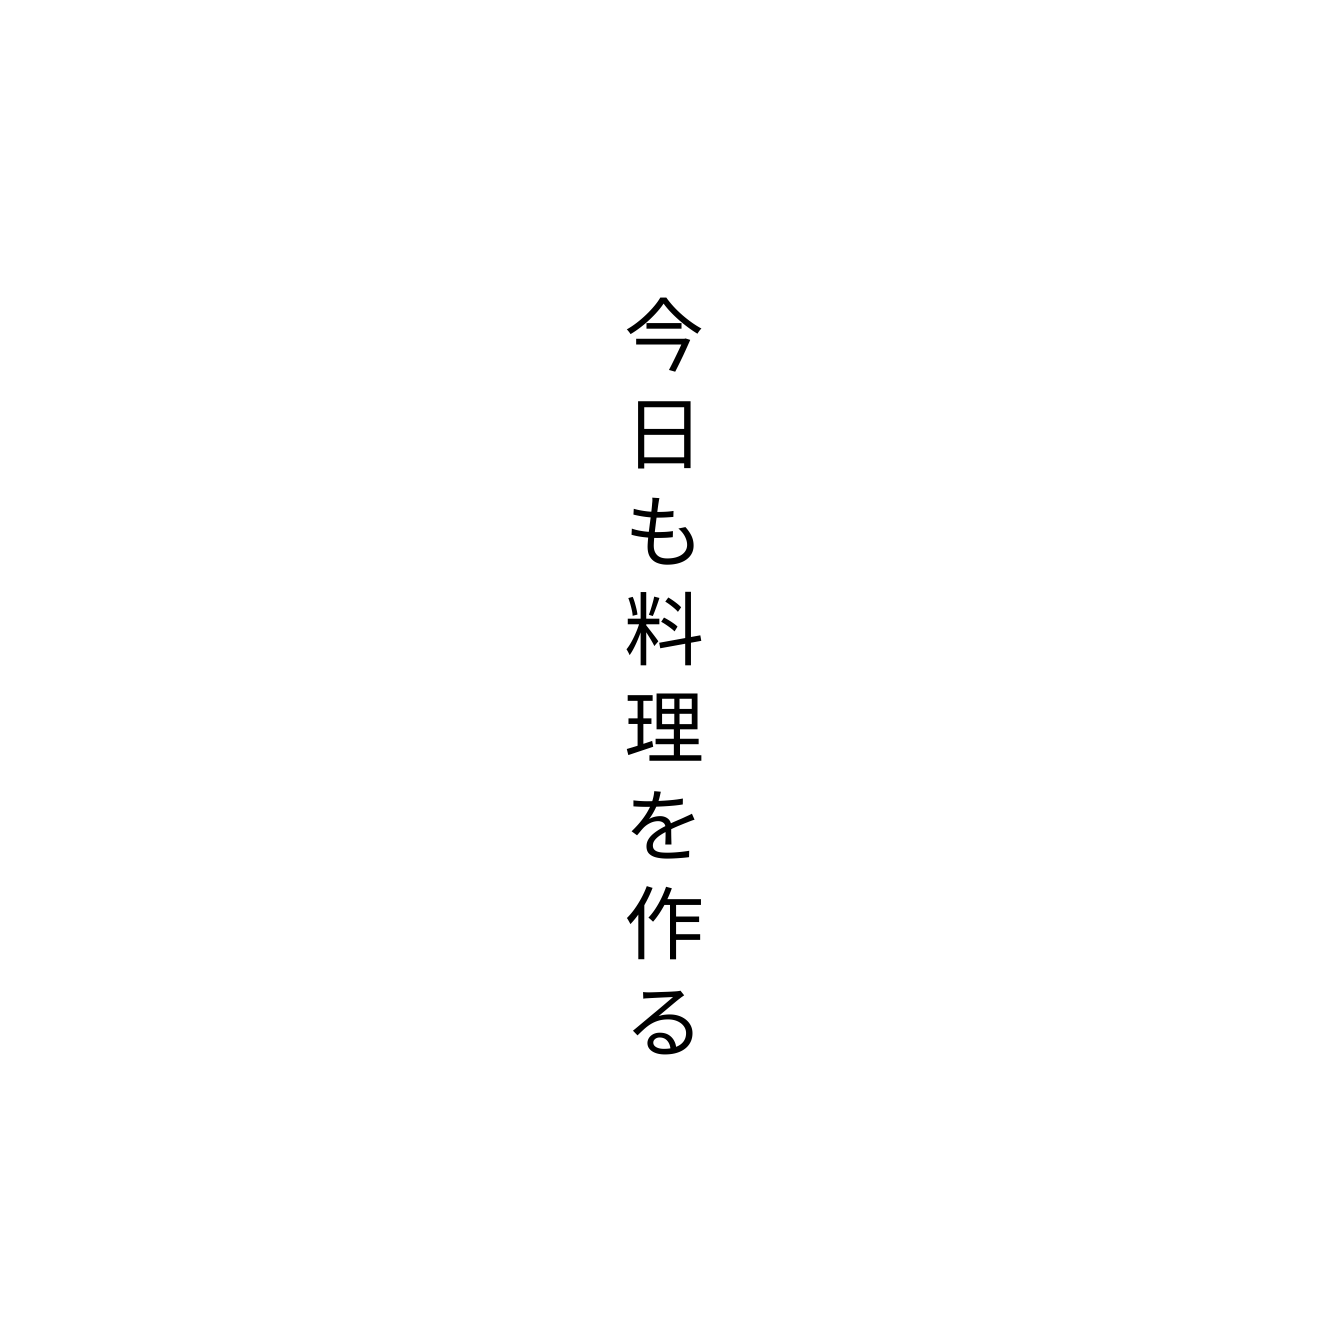
今日も料理を作る